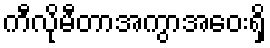
ကီလိုမီတာအကွာအဝေးရှိ